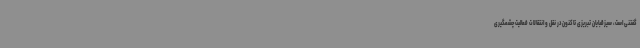
گفتنی است، سیزقبایان تبریزی تاکنون در نقل و انتقالات فعالیت چشمگیری